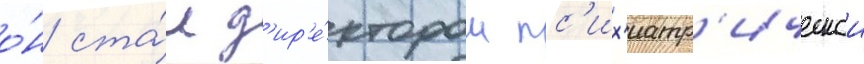
о́н ста́л д'ир'е́ктором пс'их'иатр'ическои